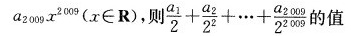
a_{2009} \chi ^{2009}(α\in R)，则 $$\frac{a_{1}}{2} + \frac{a_{2}}{2^{2}} +